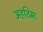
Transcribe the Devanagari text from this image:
अहतिमा